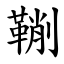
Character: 鞩